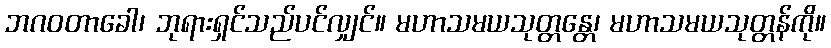
ဘဂဝတာခေါ၊ ဘုရားရှင်သည်ပင်လျှင်။ မဟာသမယသုတ္တန္တေ၊ မဟာသမယသုတ္တန်ကို။